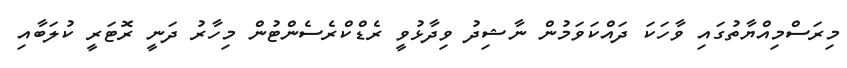
މިރަސްމިއްޔާތުގައި ވާހަކަ ދައްކަވަމުން ނާޝިދު ވިދާޅުވީ ރެޑްކްރެސެންޓުން މިހާރު ދަނީ ރޮޓަރީ ކުލަބާއި